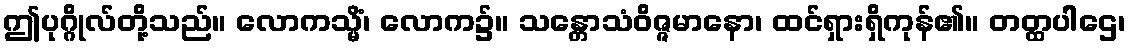
ဤပုဂ္ဂိုလ်တို့သည်။ လောကသ္မိံ၊ လောက၌။ သန္တောသံဝိဇ္ဇမာနော၊ ထင်ရှားရှိကုန်၏။ တတ္ထပါဌေ၊